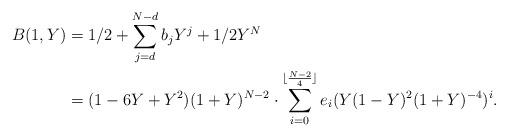
LaTeX: \begin{align*} B(1,Y) & = 1/2 + \sum _{j=d}^{N-d}b_j Y^j + 1/2 Y^{N}\\ & = (1-6Y + Y^2)(1+Y)^{N-2}\cdot \sum_{i=0}^{\lfloor \frac {N-2}{4} \rfloor} e_i (Y(1-Y)^2(1+Y)^{-4})^i.\end{align*}